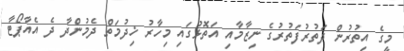
މީގެ އިތުރުން ދަތުރުފަތުރުގެ ނިޒާމާއި އަތޮޅުގައި މިހާރު ޚިދުމަތް ދެމުންދާ ދެ އެއާޕޯޓާ